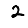
Digit: 2